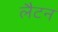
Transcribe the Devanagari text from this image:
लैटन